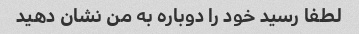
لطفا رسید خود را دوباره به من نشان دهید